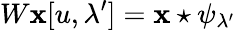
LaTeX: W\mathbf{x}[u,\lambda^{\prime}]=\mathbf{x}\star\psi_{\lambda^{\prime}}